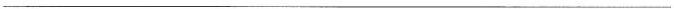
___